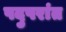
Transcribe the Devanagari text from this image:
पदुपरांत